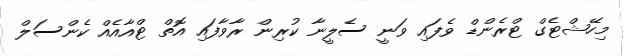
މިހޭޝްޓެގް ޓްރެންޑް ވެފައި ވަނީ ސެލީނާ ކުރިން ރާވާފައި އޮތް ޓްއާއެއް ކެންސަލް